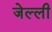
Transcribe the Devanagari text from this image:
जेल्ली